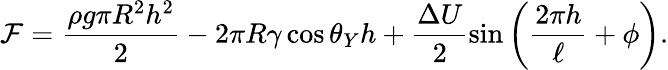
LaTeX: {\cal F}=\frac{\rho{g}\pi{R^{2}h^{2}}}{2}-2\pi{R}\gamma\cos\theta_{Y}h+\frac{\Delta U}{2}\sin\left(\frac{2\pi h}{\ell}+\phi\right).